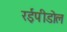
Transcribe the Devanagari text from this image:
रईपीडोल